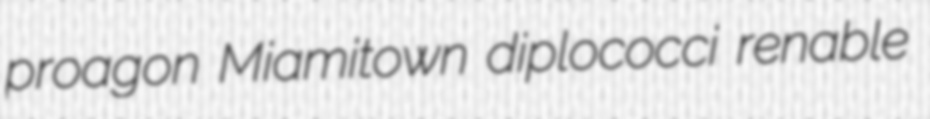
proagon Miamitown diplococci renable